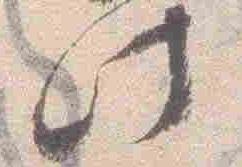
此